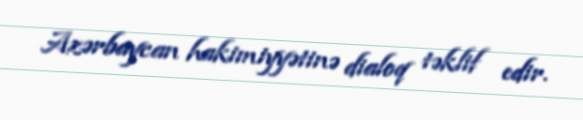
Azərbaycan hakimiyyətinə dialoq təklif edir.